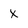
Character: X